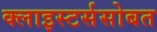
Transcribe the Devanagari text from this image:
क्लाइस्टर्ससोबत